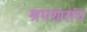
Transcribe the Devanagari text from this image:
श्रमणसंघ